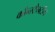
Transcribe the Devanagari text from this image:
कौन्स्टैनटीन